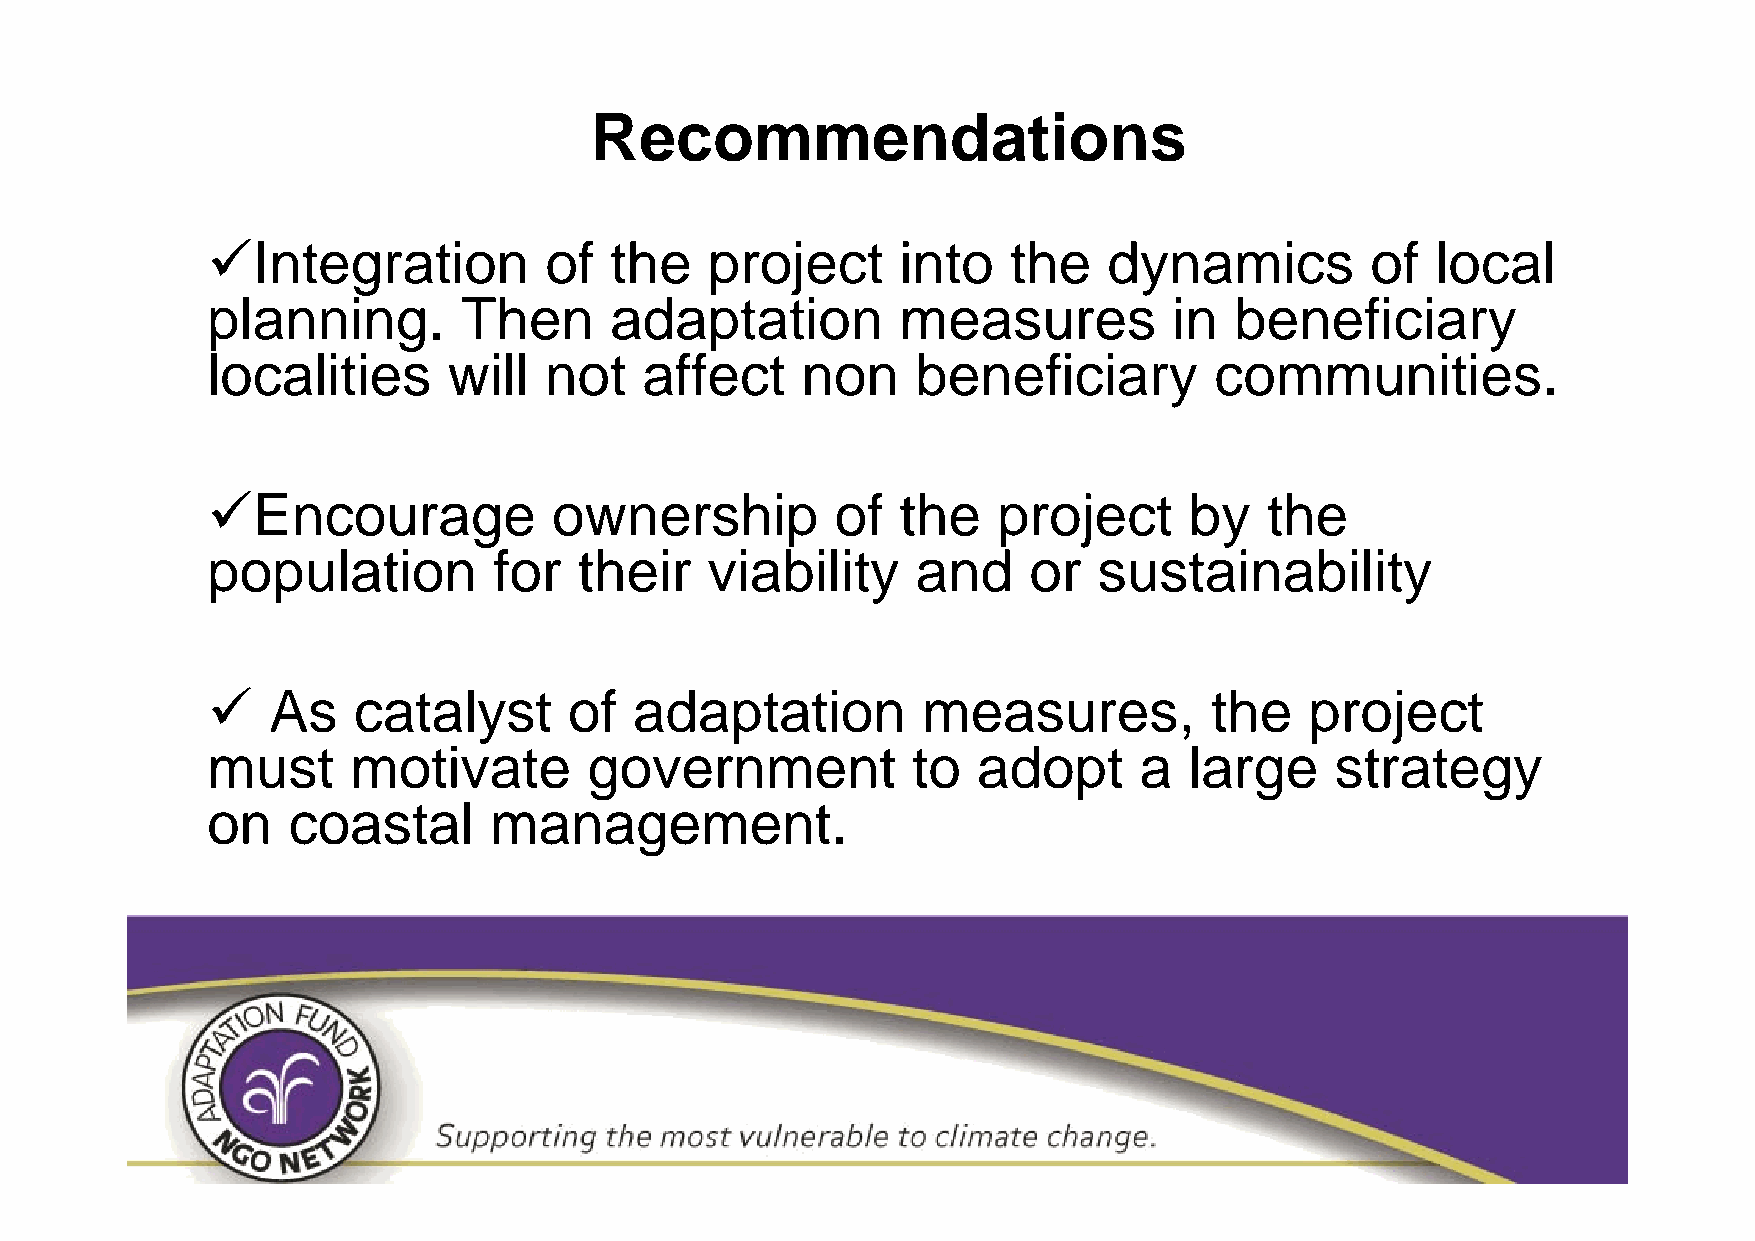
Recommendations
 Integration          of  the    project      into   the   dynamics          of  local
 planning.       Then      adaptation          measures          in  beneficiary
 localities      will  not    affect    non     beneficiary        communities.
 Encourage             ownership         of   the   project      by   the
 population         for  their    viability     and    or   sustainability
    As   catalyst       of  adaptation         measures,          the    project
 must     motivate        government           to   adopt     a   large    strategy
 on   coastal      management.